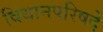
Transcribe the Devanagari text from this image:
विधानपरिषदे